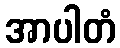
အာပါတံ